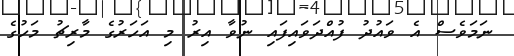
ނަމަވެސް އެ ވައުދު ފުއްދަވައިފައި ނުވާ އިރު މި އަހަރުގެ މާރިޗު މަހުގެ